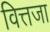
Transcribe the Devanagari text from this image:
वित्तजा